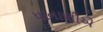
ધાનાણીએ